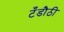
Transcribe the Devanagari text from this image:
टँडौठी